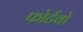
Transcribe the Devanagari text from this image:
फोर्टवो